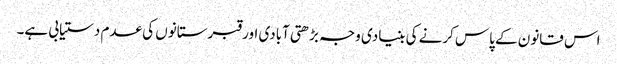
اس قانون کے پاس کرنے کی بنیادی وجہ بڑھتی آبادی اور قبرستانوں کی عدم دستیابی ہے۔